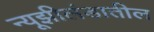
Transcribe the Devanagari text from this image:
न्यूझीलंडातील